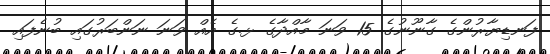
ފަނޑިޔާރުންގެ ގާނޫނުގެ 15 ވަނަ މާއްދާގެ ޅ.ގެ އެއް ވަނަ ނަންބަރުގައި ބުނެފައި